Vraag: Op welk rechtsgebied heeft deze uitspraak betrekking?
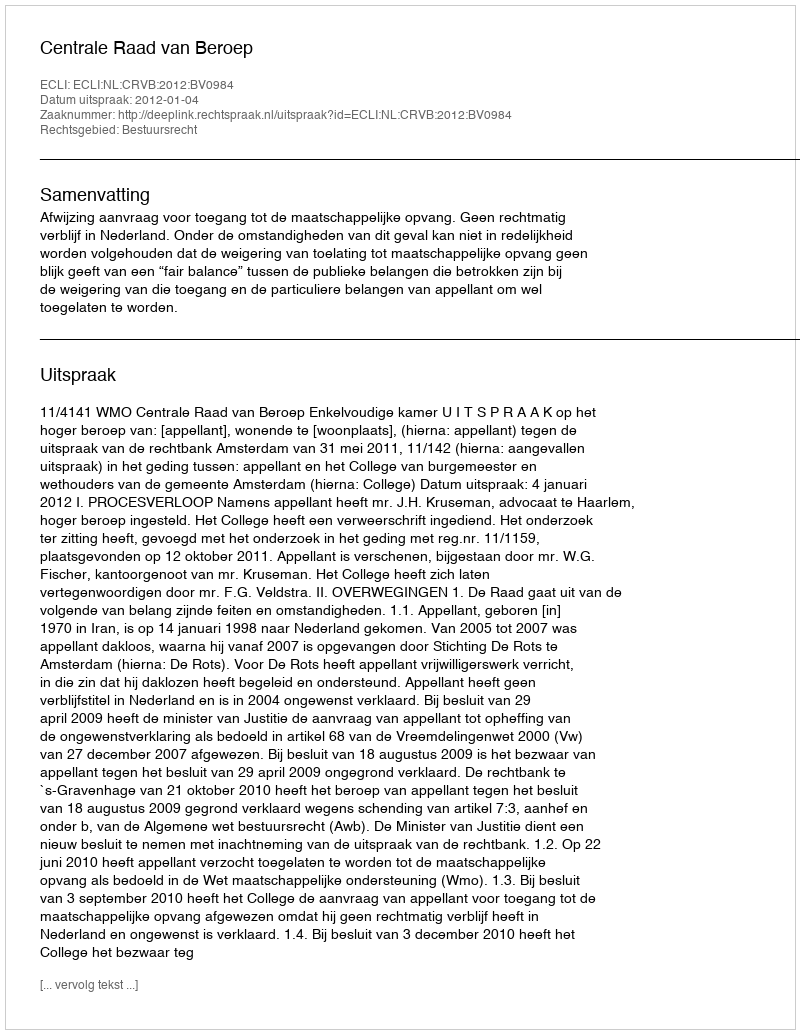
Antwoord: Bestuursrecht